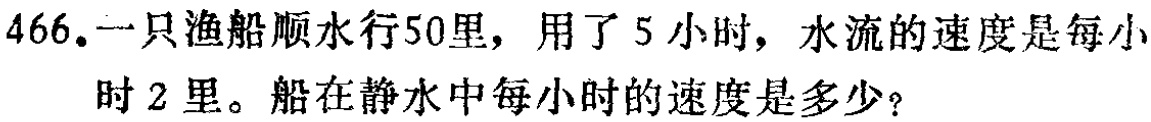
466.一只渔船顺水行50里，用了5小时，水流的速度是每小

时2里。船在静水中每小时的速度是多少？